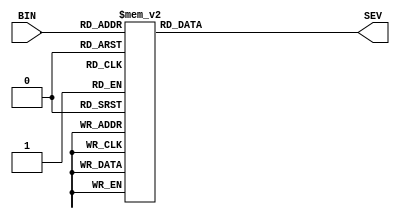
module binary2seven(input [3:0] BIN, output reg[0:6] SEV);

always @(BIN)
	case ({BIN[3:0]})
	4'b0000: {SEV[0:6]} = 7'b0000001;//0
	4'b0001: {SEV[0:6]} = 7'b1001111;//1
	4'b0010: {SEV[0:6]} = 7'b0010010;//2
	4'b0011: {SEV[0:6]} = 7'b0000110;//3
	4'b0100: {SEV[0:6]} = 7'b1001100;//4
	4'b0101: {SEV[0:6]} = 7'b0100100;//5
	4'b0110: {SEV[0:6]} = 7'b0100000;//6
	4'b0111: {SEV[0:6]} = 7'b0001111;//7
	4'b1000: {SEV[0:6]} = 7'b0000000;//8
	4'b1001: {SEV[0:6]} = 7'b0001100;//9
	4'b1010: {SEV[0:6]} = 7'b0001000;//A
	4'b1011: {SEV[0:6]} = 7'b1100000;//b
	4'b1100: {SEV[0:6]} = 7'b0110001;//C
	4'b1101: {SEV[0:6]} = 7'b1000010;//D
	4'b1110: {SEV[0:6]} = 7'b0110000;//E
	4'b1111: {SEV[0:6]} = 7'b0111000;//F
	endcase
endmodule